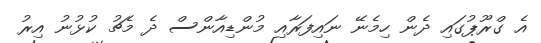
އެ ގްރޫޕުގައި ދެން ހިމެނޭ ނައިފަރާއި މުންޑިއާންސް ދެ މެޗު ކުޅުނު އިރު